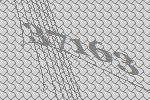
37163